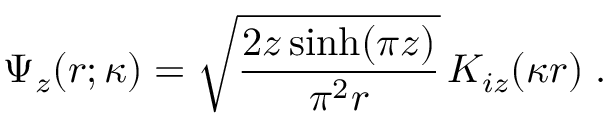
\Psi _ { z } ( r ; \kappa ) = \sqrt { \frac { 2 z \sinh ( \pi z ) } { \pi ^ { 2 } r } } \, K _ { i z } ( \kappa r ) \; .